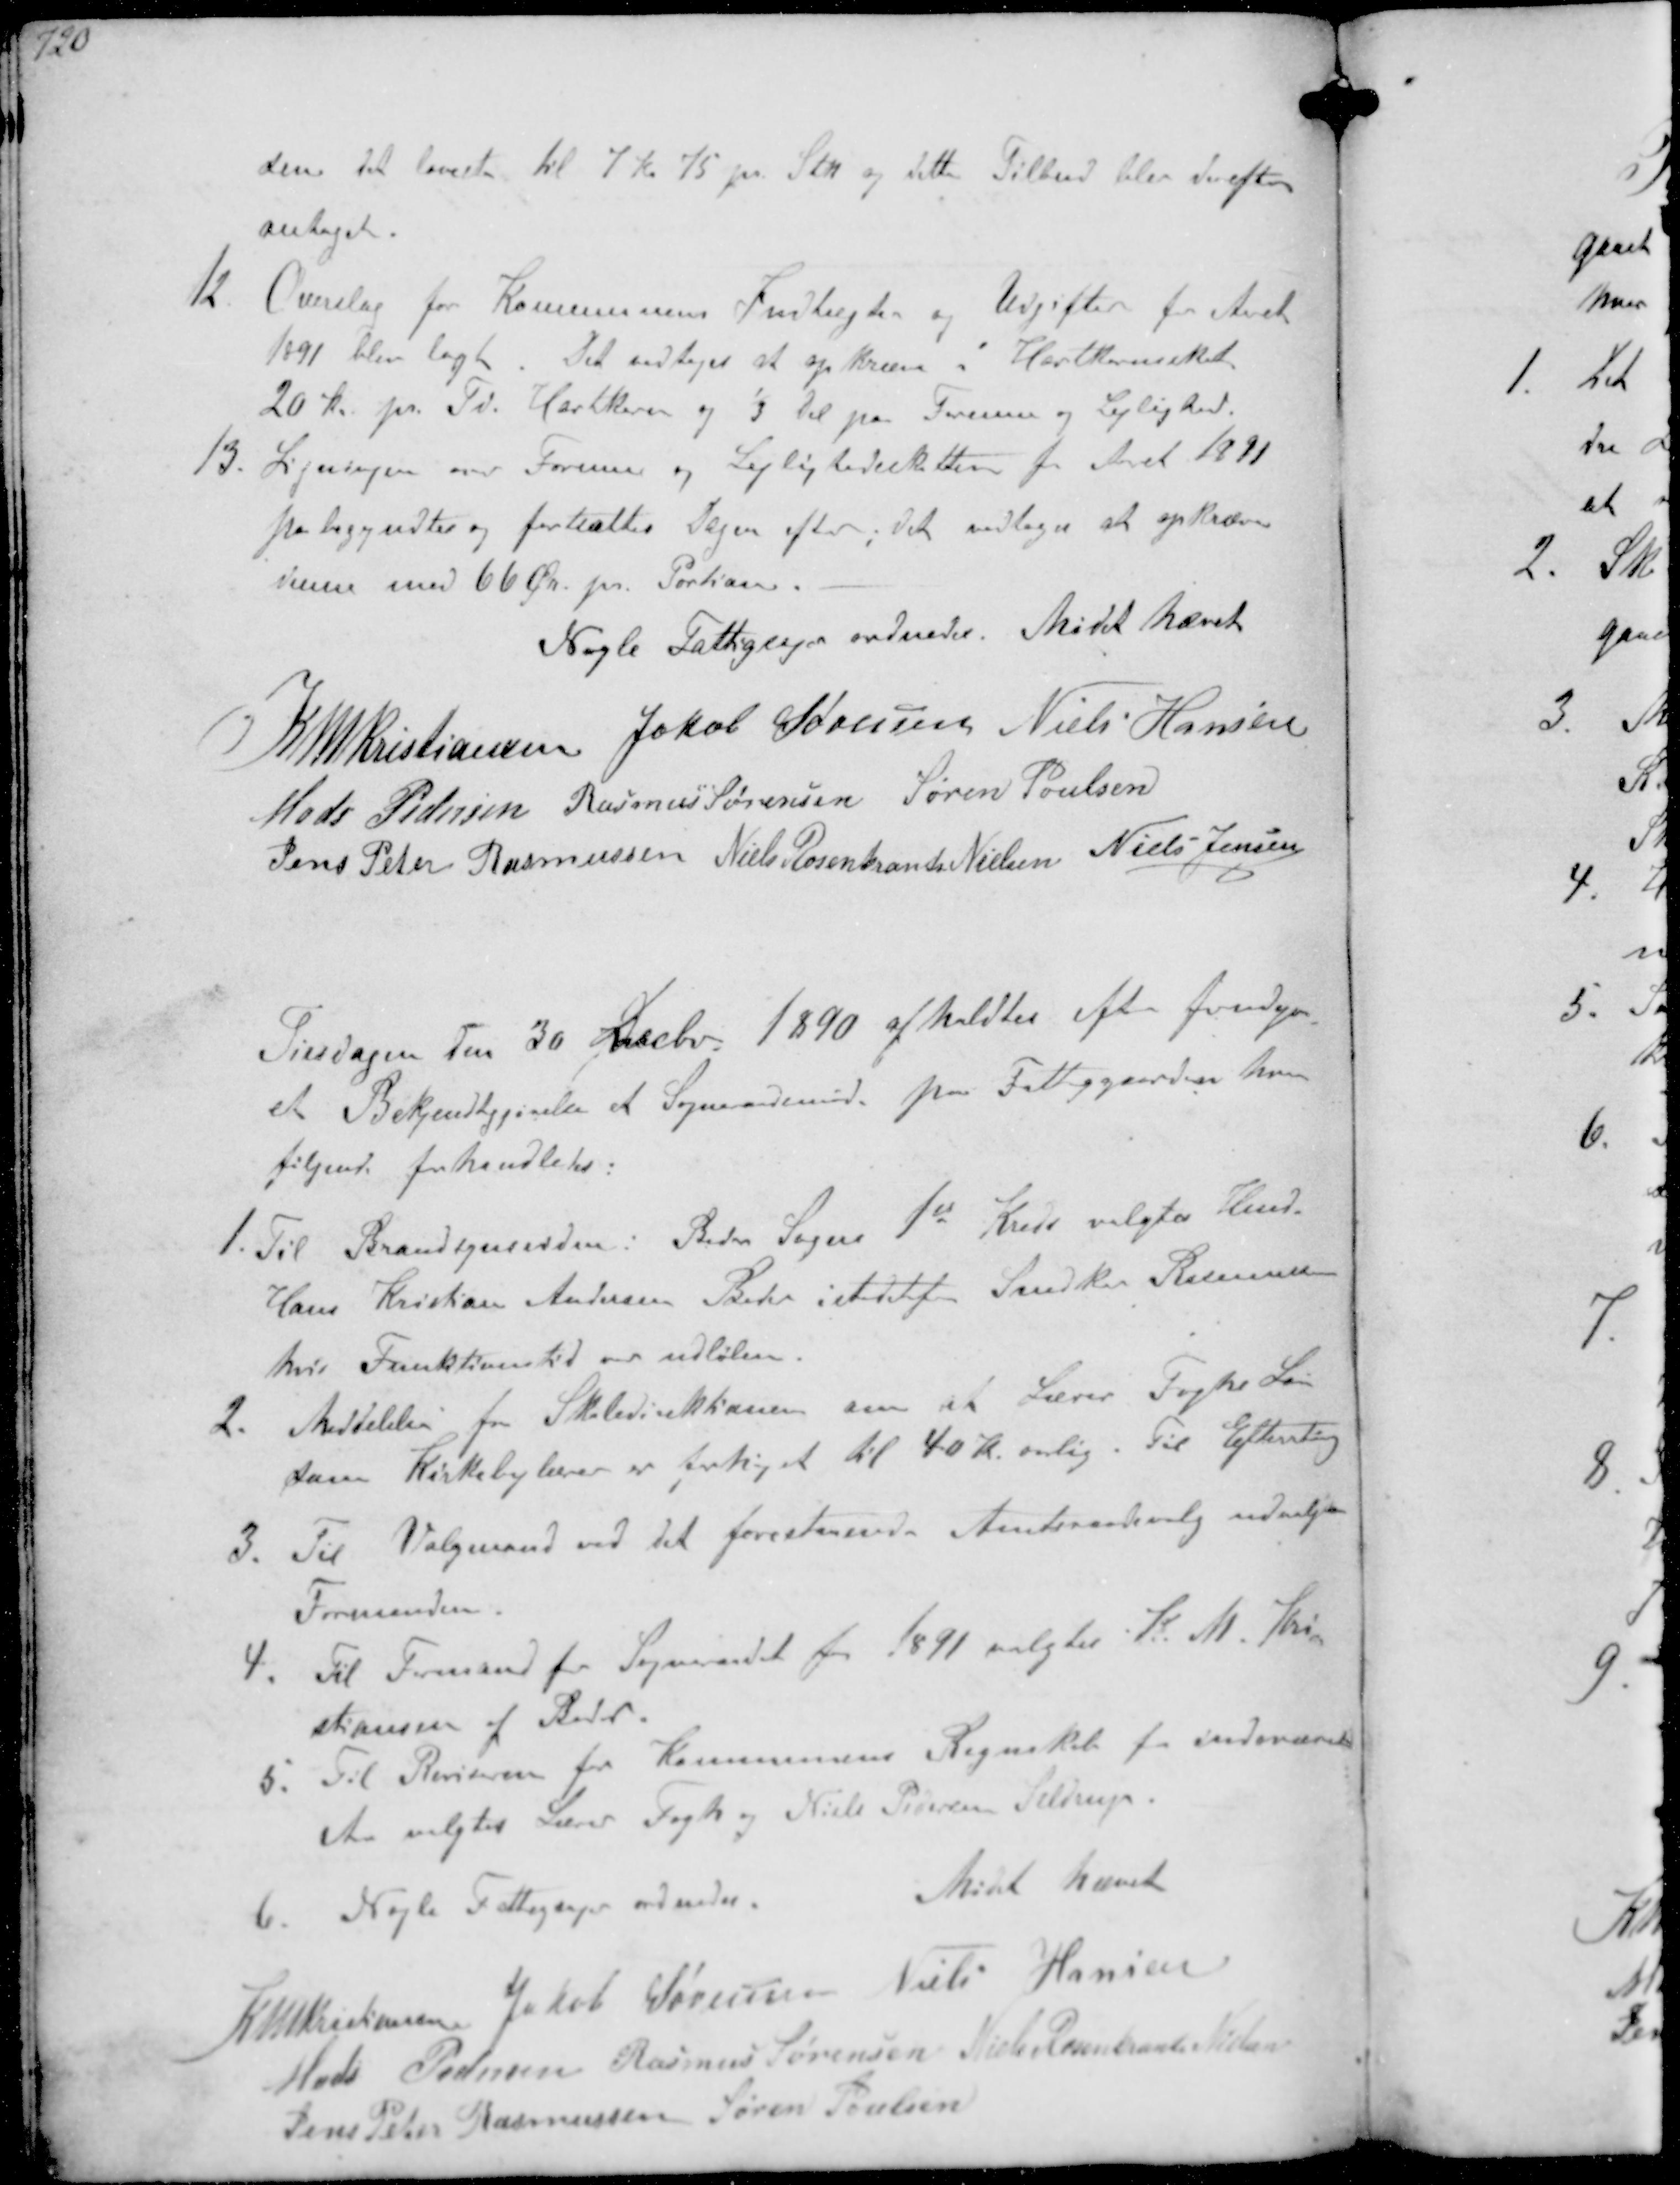
Transskription:
sen det laveste til 7 Kr 75 pr Stk og dette Tilbud blev derefter
antaget.
12 Overslag for Kommunens Indtægter og Udgifter for Aaret
1891 blev lagt. Det vedtoges at opkræve i Hartkornsskat
20 Kr pr. Td. Hartkorn og 1/3 Del paa Formue og Lejlighed.
13 Ligningen over Formue og Lejlighedsskatten tor Aaret 1891
paabegyndtes og fortsattes Dagen efter Det vedtoges at opkræve
denne med 66 Ør pr. Portion.
Nogle Fattigsager ondnedes. Mødet hævet
K N M Christiansen Jakob Sørensen Niels Hansen
Mads Pedersen Rasmus Sørensen Søren Poulsen
Jens Peter Rasmussen Niels Rosenkrands Nielsen Niels Jensen

Tirsdagen den 30 Decbr 1890 afholdtes efter forudgaa-
et Bekjendtgjørelse et Sogneraadsmøde pa Fattigaarden hvor
følgende forhandledes:
1. Til Brandsynsvidne i Beder Sogn 1st Kreds valgtes Hmd
Hans Kristian Andersen Beder istedetfor Snedker Rasmussen
hvis Funktionstid er udløben
2. Meddelelse fra Skoledirektionen om at Lærer Foghs Løn
som Kirkebylærer er forhøjet til 40 Kr orlig. Til Efterretning
3. TilValgmand ved det forestaaende Amtsradsvalg udvalgtes
Formanden
4. Til Formand for Sogneraadet for 1891 valgtes K M. Kri-
stiansen af Beder
5. Til Revisorer for Kommunens Regnskab for indeværende
Aar valgtes Lærer Fogh og Niels Pedersen Seldrup.
6. Nogle Fattigsager ordnedes.
Mødet hævet
K N M Kristiansen Jakob Sørensen Niels Hansen
Mads Pedersen Rasmus Sørensen Niels Rosenkrands Nielsen
Jens Peter Rasmussen Søren Poulsen